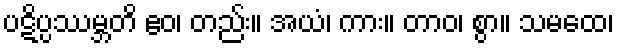
ပဋိပ္ပဿမ္ဘတိ ဧဝ၊ တည်း။ အယံ၊ ကား။ တာဝ၊ စွာ။ သမထေ၊